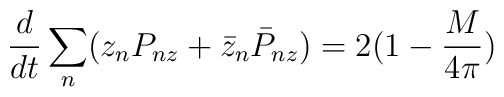
\frac{d}{dt}\sum_n (z_n P_{nz} + \bar z_n \bar P_{nz})=2(1-\frac{M}{4\pi})